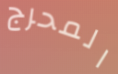
المحرج